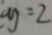
y = 2